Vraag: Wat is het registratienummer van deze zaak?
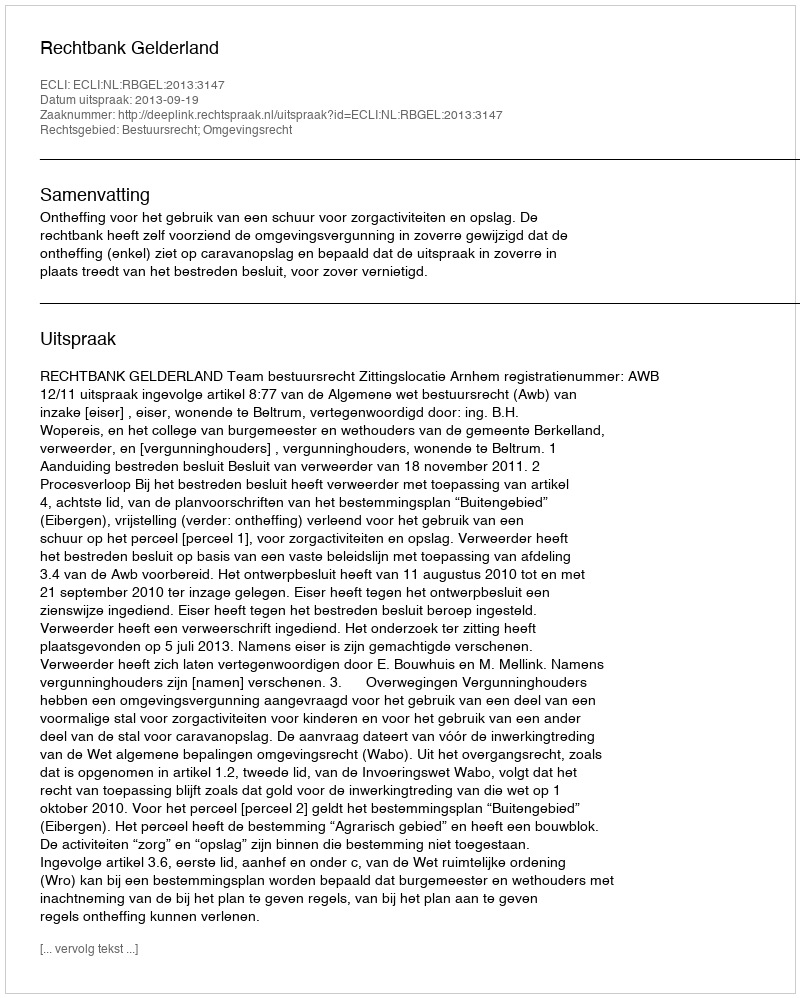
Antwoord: http://deeplink.rechtspraak.nl/uitspraak?id=ECLI:NL:RBGEL:2013:3147